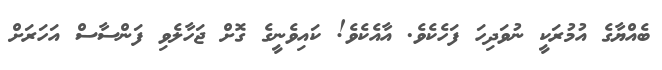
ބެއްޔާގެ އުމުރަކީ ނުވަދިހަ ފަހެކެވެ. އާއެކެވެ! ކައިވެނީގެ ގޮށް ޖަހާލެވި ފަންސާސް އަހަރަށް